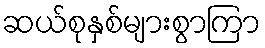
ဆယ်စုနှစ်များစွာကြာ